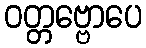
ဝတ္တဗ္ဗောပေ